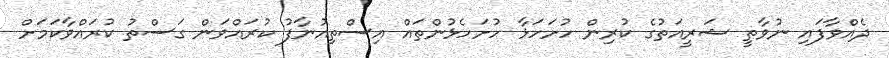
ދެއްވާފައި ނުވާތީ ޝަރީއަތުގެ ކުރިން ހުށަހަޅާ ހުށަހެޅުންތައް އިސްތިއުނާފު ކުރައްވަން ގަސްތު ކުރައްވާކަމަށް